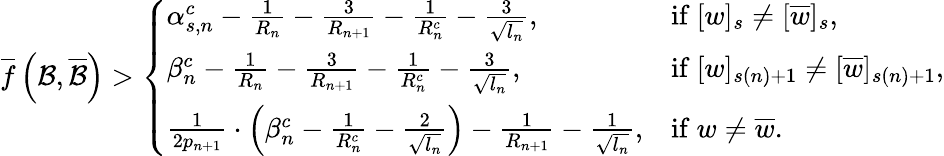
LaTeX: \overline{{f}}\left(\mathcal{B},\overline{{\mathcal{B}}}\right)>\left\{ \begin{array}{ll}{\alpha_{s,n}^{c}-\frac{1}{R_{n}}-\frac{3}{R_{n+1}}-\frac{1}{R_{n}^{c}}-\frac{3}{\sqrt{l_{n}}},}&{\mathrm{if~}[w]_{s}\neq[\overline{{w}}]_{s},}\\ {\beta_{n}^{c}-\frac{1}{R_{n}}-\frac{3}{R_{n+1}}-\frac{1}{R_{n}^{c}}-\frac{3}{\sqrt{l_{n}}},}&{\mathrm{if~}[w]_{s(n)+1}\neq[\overline{{w}}]_{s(n)+1},}\\ {\frac{1}{2p_{n+1}}\cdot\left(\beta_{n}^{c}-\frac{1}{R_{n}^{c}}-\frac{2}{\sqrt{l_{n}}}\right)-\frac{1}{R_{n+1}}-\frac{1}{\sqrt{l_{n}}},}&{\mathrm{if~}w\neq\overline{{w}}.}\end{array}\right.